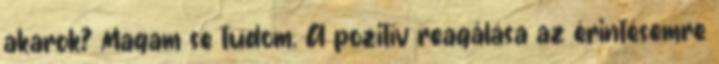
akarok? Magam se tudom. A pozitív reagálása az érintésemre